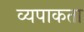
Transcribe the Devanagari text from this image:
व्यपाकता